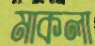
মাকলা